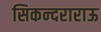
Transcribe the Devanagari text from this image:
सिकन्‍दराराऊ